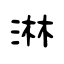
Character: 淋